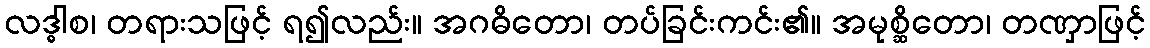
လဒ္ဓါစ၊ တရားသဖြင့် ရ၍လည်း။ အဂဓိတော၊ တပ်ခြင်းကင်း၏။ အမုစ္ဆိတော၊ တဏှာဖြင့်